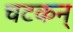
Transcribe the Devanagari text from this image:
चटकन्